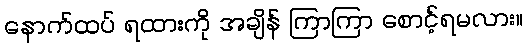
နောက်ထပ် ရထားကို အချိန် ကြာကြာ စောင့်ရမလား။